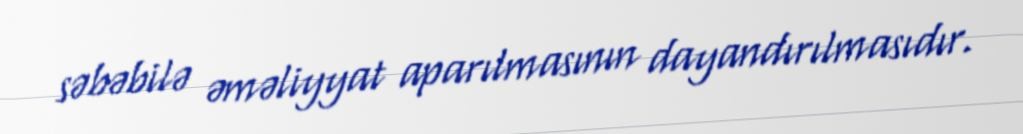
səbəbilə əməliyyat aparılmasının dayandırılmasıdır.